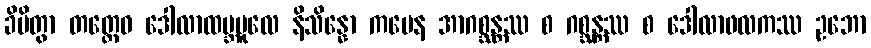
ခိပိတွာ တတ္ထေဝ ဒေါလာထမ္ဘမူလေ နိသိန္နော ကမေန အာဂစ္ဆန္တဿ စ ဂစ္ဆန္တဿ စ ဒေါလာဖလကဿ ဥဘော